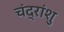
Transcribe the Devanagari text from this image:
चंद्रांशु